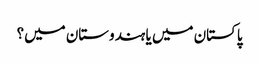
پاکستان میں یا ہندوستان میں؟